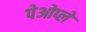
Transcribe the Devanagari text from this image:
पेओप्ले